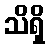
သိရှိ